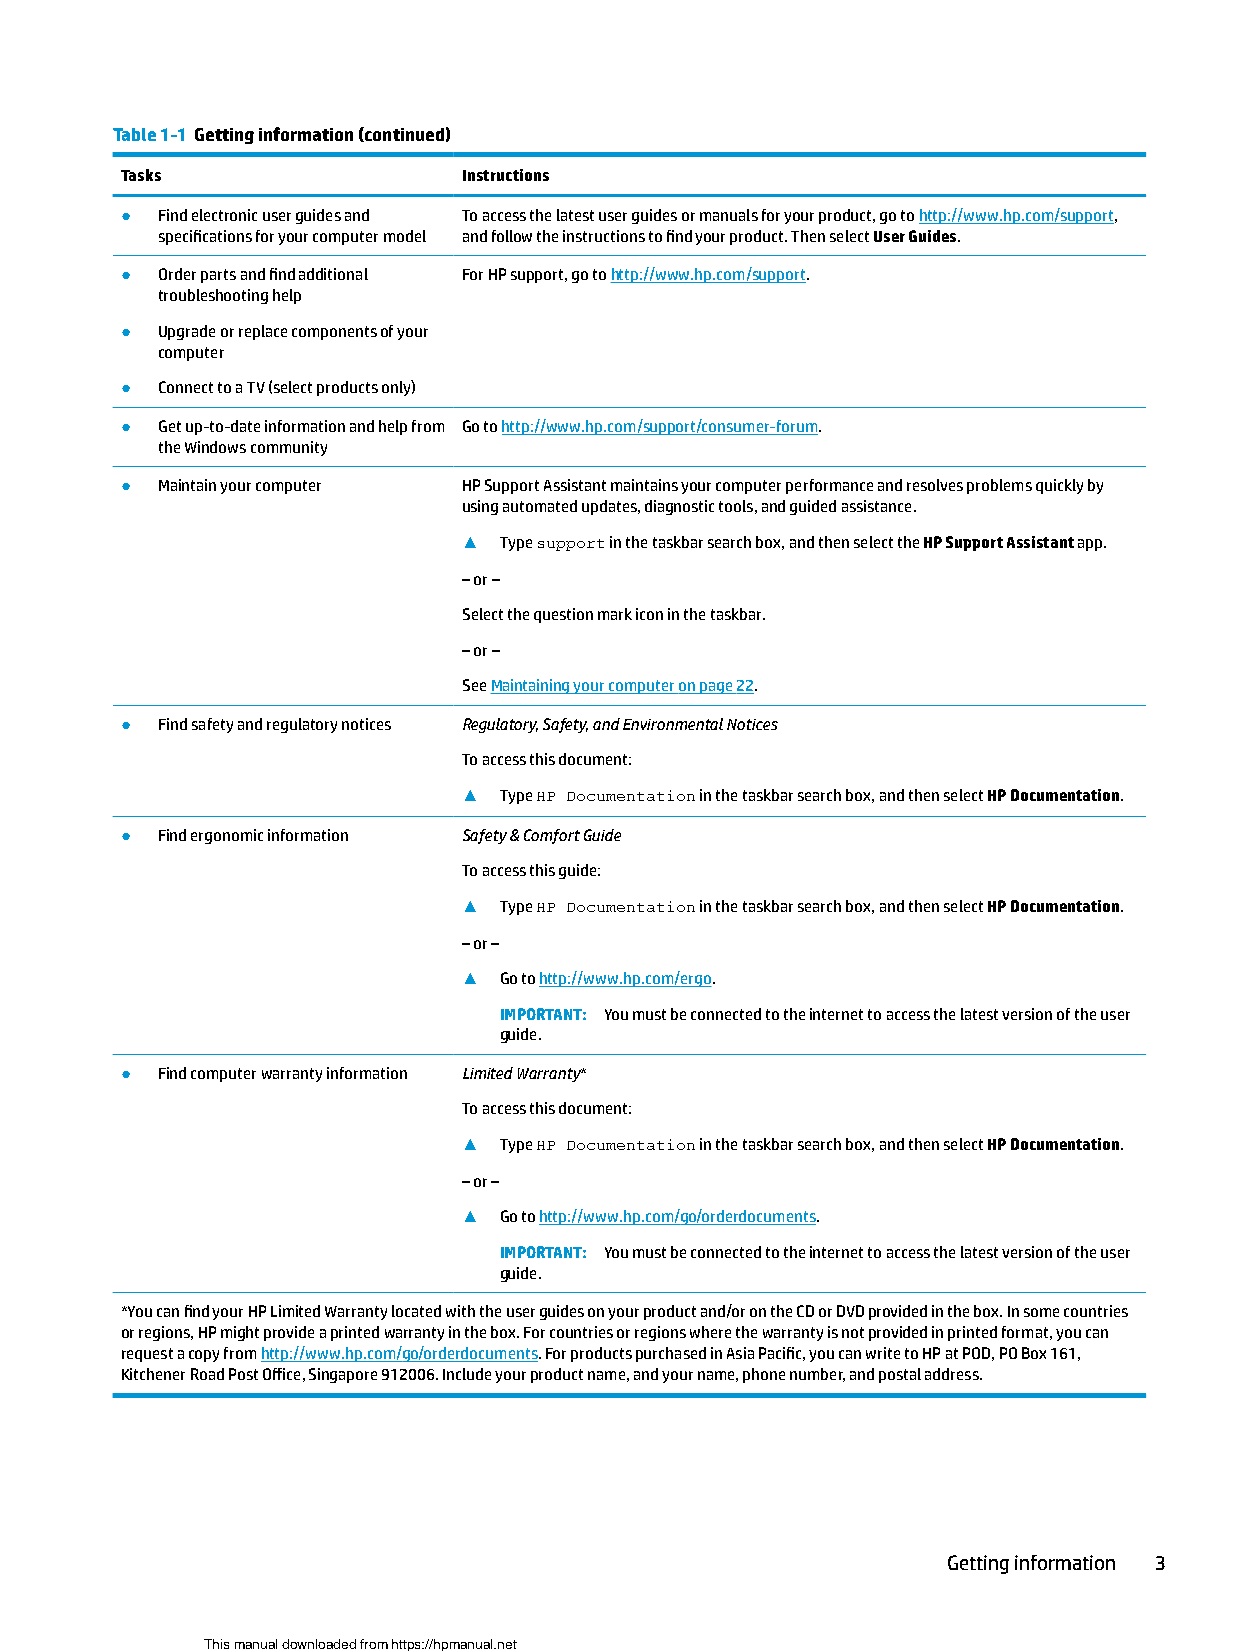
Table 1-1 Getting information (continued)
 Tasks                  Instructions
 ● Find electronic user guides and To access the latest user guides or manuals for your product, go to http://www.hp.com/support,
 specifications for your computer model and follow the instructions to find your product. Then select User Guides.
 ● Order parts and find additional For HP support, go to http://www.hp.com/support.
 troubleshooting help
 ● Upgrade or replace components of your
 computer
 ● Connect to a TV (select products only)
 ● Get up-to-date information and help from Go to http://www.hp.com/support/consumer-forum.
 the Windows community
 ● Maintain your computer HP Support Assistant maintains your computer performance and resolves problems quickly by
 using automated updates, diagnostic tools, and guided assistance.
 ▲ Type support in the taskbar search box, and then select the HP Support Assistant app.
 – or –
 Select the question mark icon in the taskbar.
 – or –
 See Maintaining your computer on page 22.
 ● Find safety and regulatory notices Regulatory, Safety, and Environmental Notices
 To access this document:
 ▲ Type HP Documentation in the taskbar search box, and then select HP Documentation.
 ● Find ergonomic information Safety & Comfort Guide
 To access this guide:
 ▲ Type HP Documentation in the taskbar search box, and then select HP Documentation.
 ‒ or –
 ▲ Go to http://www.hp.com/ergo.
 IMPORTANT: You must be connected to the internet to access the latest version of the user
 guide.
 ● Find computer warranty information Limited Warranty*
 To access this document:
 ▲ Type HP Documentation in the taskbar search box, and then select HP Documentation.
 ‒ or –
 ▲ Go to http://www.hp.com/go/orderdocuments.
 IMPORTANT: You must be connected to the internet to access the latest version of the user
 guide.
 *You can find your HP Limited Warranty located with the user guides on your product and/or on the CD or DVD provided in the box. In some countries
 or regions, HP might provide a printed warranty in the box. For countries or regions where the warranty is not provided in printed format, you can
 request a copy from http://www.hp.com/go/orderdocuments. For products purchased in Asia Pacific, you can write to HP at POD, PO Box 161,
 Kitchener Road Post Office, Singapore 912006. Include your product name, and your name, phone number, and postal address.
 Getting information 3
 This manual downloaded from https://hpmanual.net